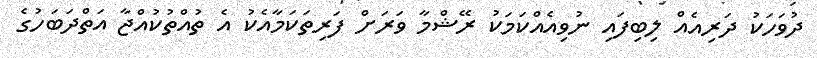
ދުވަހަކު ދަރިއެއް ލިބިފައި ނުވިއެއްކަމަކު ރޭޝްމާ ވަރަށް ފަރިތަކަމާއެކު އެ ތުއްތުކުއްޖާ އަތްދަބަހުގެ